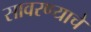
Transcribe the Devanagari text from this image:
सावरण्याचे